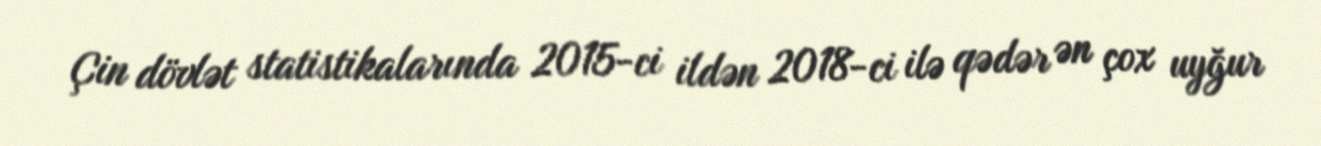
Çin dövlət statistikalarında 2015-ci ildən 2018-ci ilə qədər ən çox uyğur